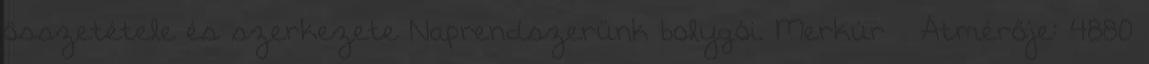
összetétele és szerkezete Naprendszerünk bolygói. Merkúr  Átmérője: 4880